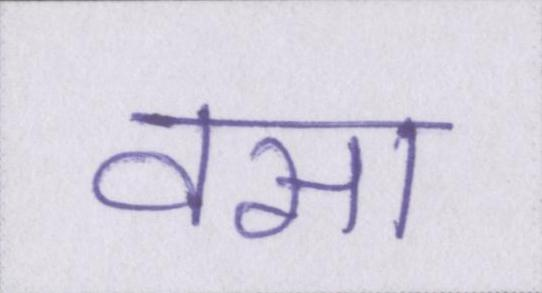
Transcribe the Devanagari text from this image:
वसा